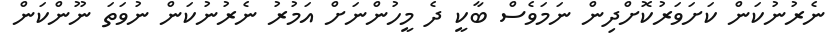
ނެރުނުކަން ކަށަވަރުކޮށްދިން ނަމަވެސް ބާކީ ދެ މީހުންނަށް އަމުރު ނެރުނުކަން ނުވަތަ ނޫންކަން